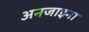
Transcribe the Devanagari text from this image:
अनजाइना